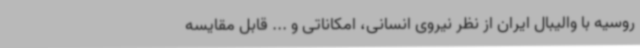
روسیه با والیبال ایران از نظر نیروی انسانی، امکاناتی و ... قابل مقایسه